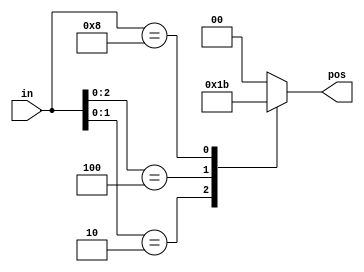
// synthesis verilog_input_version verilog_2001
module top_module (
    input [3:0] in,
    output reg [1:0] pos  );
    always@(*)begin
    casex(in)
        4'b xxx1:pos = 2'b00;
        4'b xx10:pos = 2'b01;
        4'b x100:pos = 2'b10;
        4'b1000:pos = 2'b11;
        default : pos = 2'b00;
    endcase
    end
endmodule